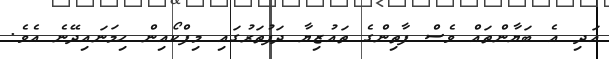
އަދި އެ ބަޔާންތައް ވެސް ފާތިންގެ ތައުޒިޔާ ދަފުތަރުގައި މިފްކޯއިން ހިމަނައިދޭނެ އެވެ.